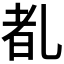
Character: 𪜕